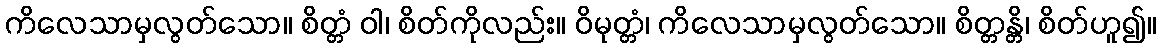
ကိလေသာမှလွတ်သော။ စိတ္တံ ဝါ၊ စိတ်ကိုလည်း။ ဝိမုတ္တံ၊ ကိလေသာမှလွတ်သော။ စိတ္တန္တိ၊ စိတ်ဟူ၍။